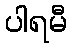
ပါရမီ